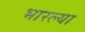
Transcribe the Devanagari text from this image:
भारल्या